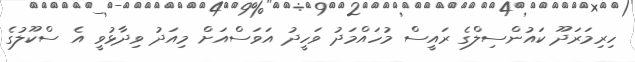
ހިރިމަރަދޫ ކައުންސިލްގެ ރައީސް މުހައްމަދު ވަހީދު އަވަސްއަށް މިއަދު ވިދާޅުވީ އެ ސްކޫލުގެ